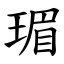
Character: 瑂